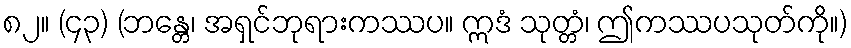
၈၂။ (၄၃) (ဘန္တေ၊ အရှင်ဘုရားကဿပ။ ဣဒံ သုတ္တံ၊ ဤကဿပသုတ်ကို။)